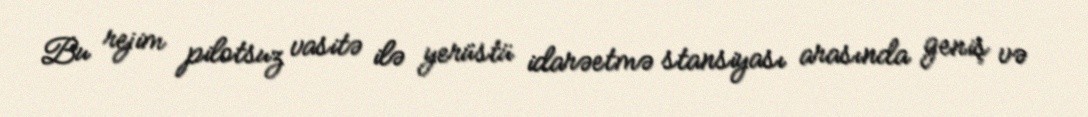
Bu rejim pilotsuz vasitə ilə yerüstü idarəetmə stansiyası arasında geniş və